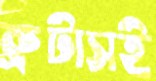
ব্রুটাসই